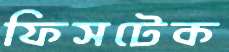
ফিসটেক